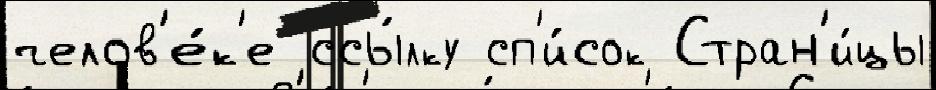
челов'е́к'е ссы́лку сп'и́сок Стран'и́цы